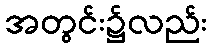
အတွင်း၌လည်း